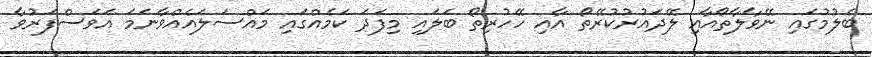
ބެލުމުގައި ނޭވާލާތޯއާއި ލޭދައުރުކުރޭތޯ އާއި ހޭހުރިތޯ ބަލައި މިފަދަ ކަމެއްގައި މައްސަލައެއްވާނަމަ އަވަސްފަރުވާ